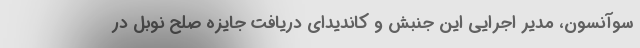
سوآنسون، مدیر اجرایی این جنبش و کاندیدای دریافت جایزه صلح نوبل در